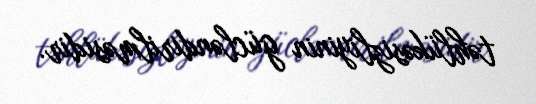
təhlükəsizliyinin gücləndirilməsidir.